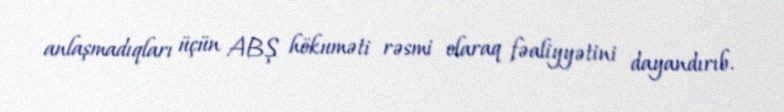
anlaşmadıqları üçün ABŞ hökuməti rəsmi olaraq fəaliyyətini dayandırıb.